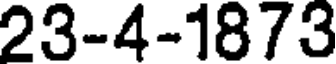
23-4-1873